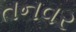
તનવર